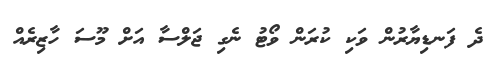
ދެ ފަނޑިޔާރުން ވަކި ކުރަން ވޯޓު ނެގި ޖަލްސާ އަށް މޫސަ ހާޒިރެއް